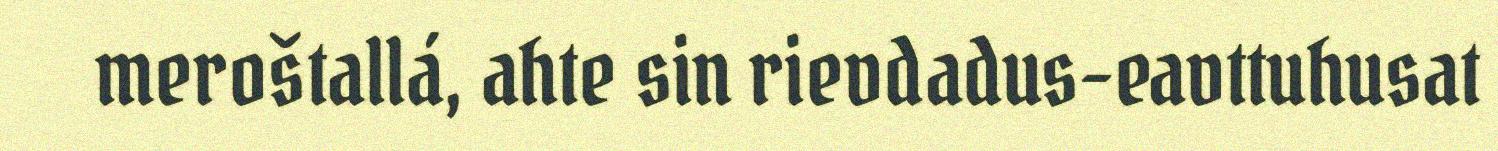
meroštallá, ahte sin rievdadus-eavttuhusat